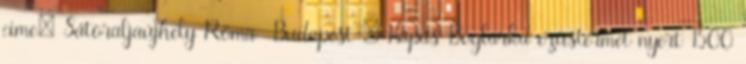
címe: Sátoraljaújhely Róma Budapest – Kapás Boglárka ezüstérmet nyert 1500